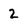
Character: 2